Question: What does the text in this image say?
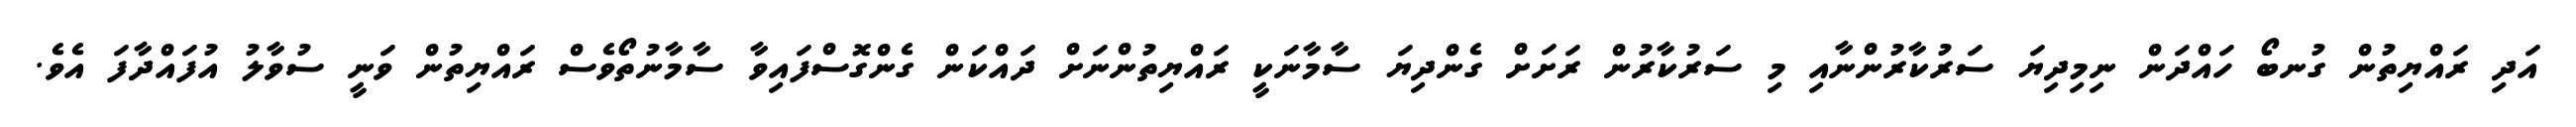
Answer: އަދި ރައްޔިތުން ގުނބޯ ހައްދަން ނިމިދިޔަ ސަރުކާރުންނާއި މި ސަރުކާރުން ރަށަށް ގެންދިޔަ ސާމާނަކީ ރައްޔިތުންނަށް ދައްކަން ގެންގޮސްފައިވާ ސާމާނުތޯވެސް ރައްޔިތުން ވަނީ ސުވާލު އުފައްދާފަ އެވެ.